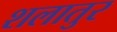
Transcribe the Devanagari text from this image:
शलातुर